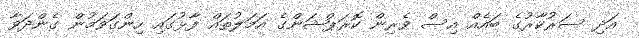
އަދި ސަރުކާރުގެ ބައެއް އިސް ވެރިން ކޮރަޕްޝަންގެ އަމަލުތައް ފާޅުގައި ހިންގަވަމުން ގެންދަވާ